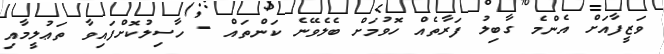
ވަޒީފާއަށް އެންމެ ގާބިލު ފަރާތެއް ހޮވުމަށް ބެލެވޭނެ ކަންތައް - ހާސިލުކޮށްފައިވާ ތަޢުލީމާއި